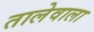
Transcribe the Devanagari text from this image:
तालेवाला